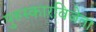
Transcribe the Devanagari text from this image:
पुरुस्कारविजेता